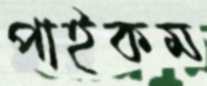
পাইকম